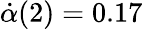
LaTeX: \dot{\alpha}(2)=0.17